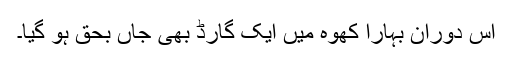
اس دوران بہارا کھوہ میں ایک گارڈ بھی جاں بحق ہو گیا۔